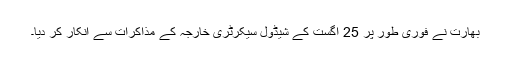
بھارت نے فوری طور پر 25 اگست کے شیڈول سیکرٹری خارجہ کے مذاکرات سے انکار کر دیا۔